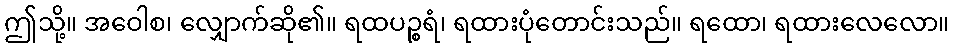
ဤသို့။ အဝေါစ၊ လျှောက်ဆို၏။ ရထပဉ္စရံ၊ ရထားပုံတောင်းသည်။ ရထော၊ ရထားလေလော။